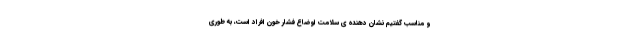
و مناسب گفتیم نشان دهنده ی سلامت اوضاع فشار خون افراد است، به طوری